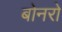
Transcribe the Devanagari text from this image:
बोनरो